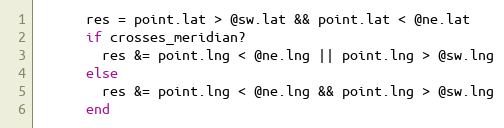
Language: Ruby
      res = point.lat > @sw.lat && point.lat < @ne.lat
      if crosses_meridian?
        res &= point.lng < @ne.lng || point.lng > @sw.lng
      else
        res &= point.lng < @ne.lng && point.lng > @sw.lng
      end